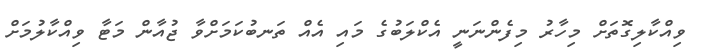
ވިއްކާލިގޮތަށް މިހާރު މިފެންނަނީ އެކްލަބުގެ މައި އެއް ތަނބުކަމަށްވާ ޖުއާން މަޓާ ވިއްކާލުމަށް